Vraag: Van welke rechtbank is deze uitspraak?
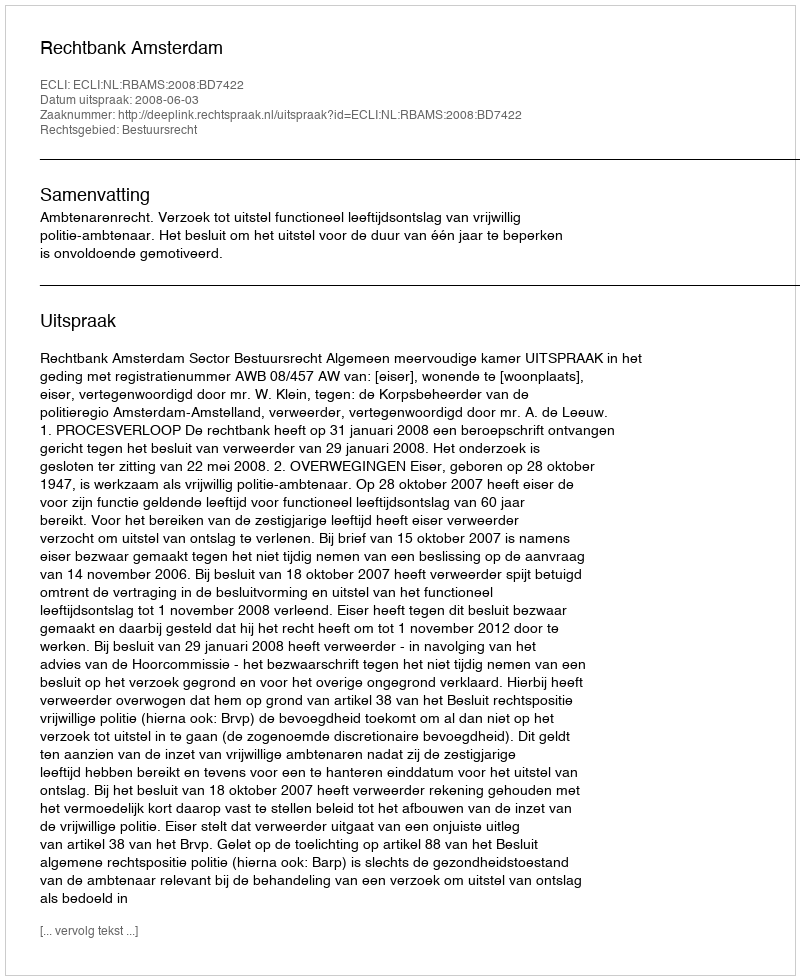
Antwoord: Rechtbank Amsterdam